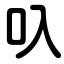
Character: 叺